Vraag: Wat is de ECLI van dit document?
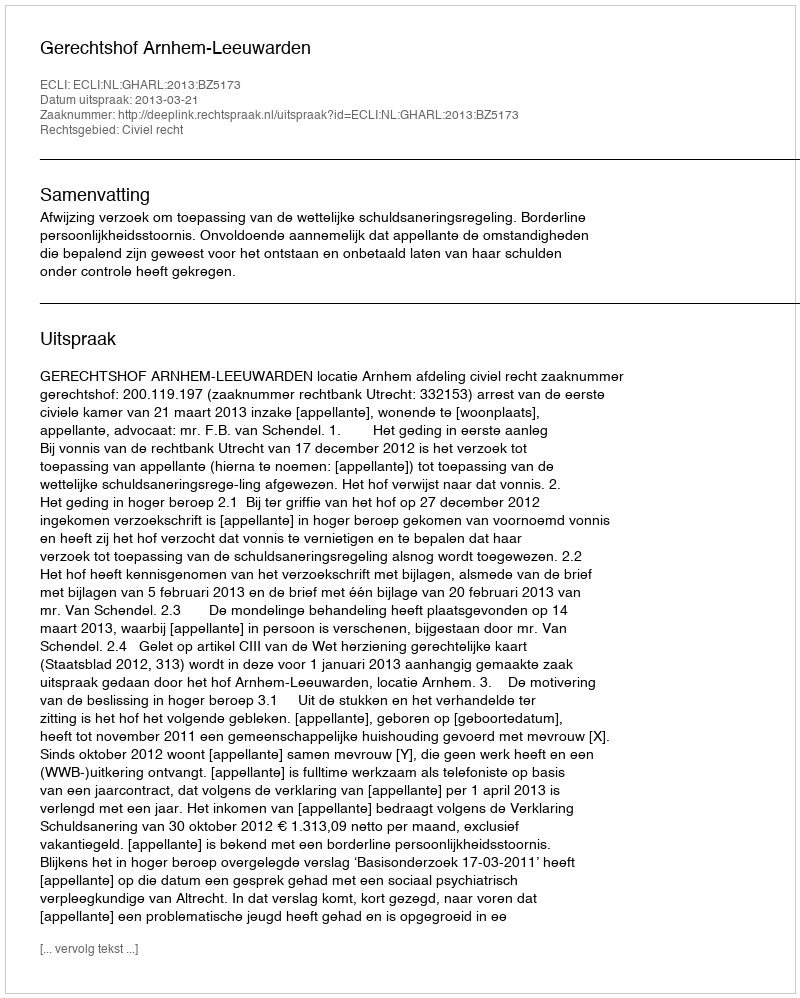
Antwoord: ECLI:NL:GHARL:2013:BZ5173